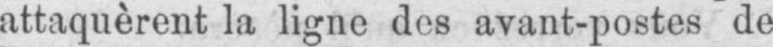
attaquèrent la ligne des avant-postes de